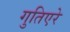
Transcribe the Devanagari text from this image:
गुतिएरे